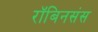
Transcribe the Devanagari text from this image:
रॉबिनसंस